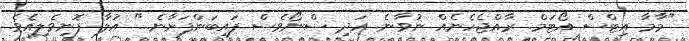
"މާމާ އިޓްސް އޯޓަމް. ރާއްޖެހެނެއް ނުވާނެ. އަދި ސްނޯވެސް ފައިބަންފަށާނެ..." އުލާ ފޮނިވެލިއެވެ.